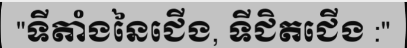
"ទីតាំងនៃជើង, ទីជិតជើង :"